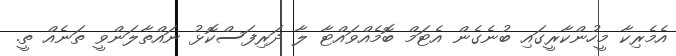
އެމެރިކާ މީހުންކާރީގައި ބުނެގެން އެޓަމް ބޮމެއްވައްޓާ ލާ ދަރިފަސްކޮޅު ނައްތާލަންވީ ތަނެއް ތީ.